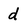
Character: d